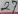
Text: 26